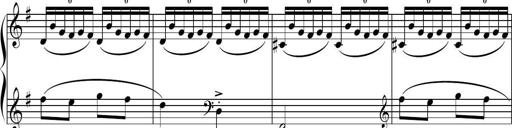
Title: Sonatine basque
Composer: Louis Sauter